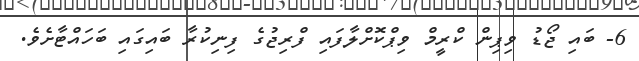
6- ބައި ޖޯޑު ވިޕިން ކްރީމް ވިޕްކޮށްލާފައި ފްރިޖުގެ ފިނިކުރާ ބައިގައި ބަހައްޓާށެވެ.